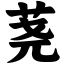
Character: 荛